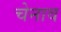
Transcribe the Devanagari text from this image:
चेनाव